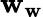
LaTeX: \boldsymbol{\mathbf{w}}_{\mathbf{w}}